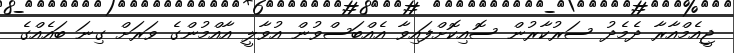
ޖީއެމްއާރާ ދެމެދު ސަރުކާރުން ސޮއިކޮށްފައިވާ އެއްބަސްވުން އުވާލީ އާއްމުންގެ ވަރަށް ގިނަ ބައެއްގެ